Insane asylums in Bengal annual reports 1876-1887 - 1876-1887
Year: 1876
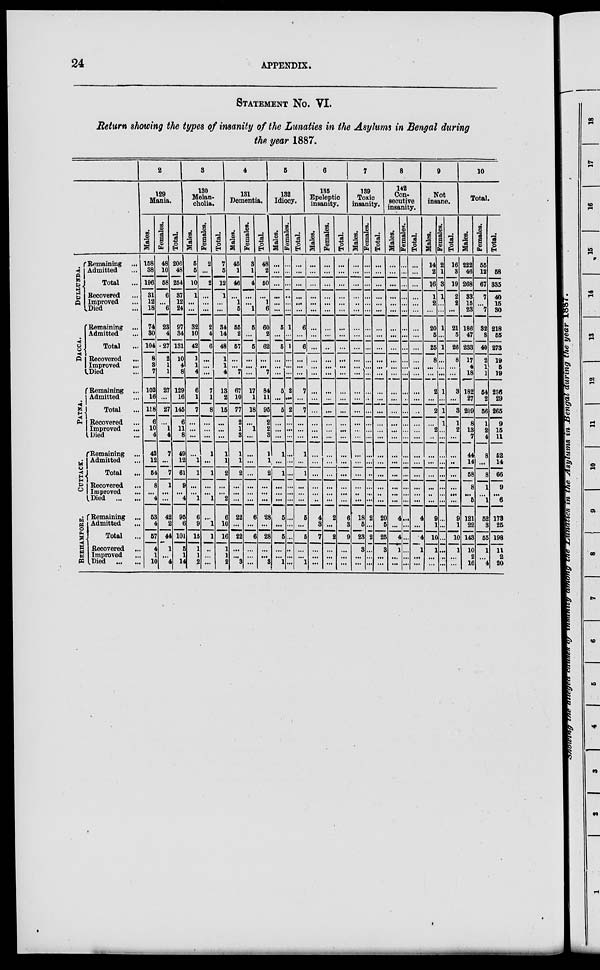
24
APPENDIX.
STATEMENT No. VI.
Return showing the types of insanity of the Lunatics in the Asylums in Bengal during
the year 1887.
DULLUNDA.
DACCA.
PATNA.
CUTTACK.
BERHAMPORE.
Remaining
...
Admitted ...
Total ...
Recovered ...
Improved ...
Died ...
Remaining
...
Admitted ...
Total ...
Recovered ...
Improved ...
Died ...
Remaining
...
Admitted ...
Total ...
Recovered ...
Improved ...
Died ...
Remaining ...
Admitted ...
Total
...
Recovered ...
Improved ...
Died
...
...
Remaining
...
Admitted ...
Total ...
Recovered ...
Improved ...
Died
...
...
2
129
Mania.
Males.
158
38
196
31
12
18
74
30
104
8
3
7
102
16
118
6
10
4
42
12
54
8
...
4
53
4
57
4
1
10
Females.
48
10
58
6
...
6
23
4
27
2
1
1
27
...
27
...
1
4
7
...
7
1
...
...
42
2
44
1
...
4
Total.
206
48
254
37
12
24
97
34
131
10
4
8
129
16
145
6
11
8
49
12
61
9
...
4
95
6
101
5
1
14
3
130
Melan-
cholia.
Males.
5
5
10
1
...
...
32
10
42
1
1
4
6
1
7
...
...
...
...
1
1
...
...
1
6
9
15
1
1
2
Females.
2
...
2
...
...
...
2
4
6
...
...
...
7
1
8
...
...
...
1
...
1
...
...
1
...
1
1
...
...
...
Total.
7
5
12
1
...
...
34
14
48
1
1
4
13
2
15
...
...
...
1
1
2
...
...
2
6
10
16
1
1
2
4
131
Dementia.
Males.
45
1
46
...
1
5
55
2
57
...
...
7
67
10
77
2
1
3
1
1
2
...
...
...
22
...
22
...
...
3
Females.
3
1
4
...
...
1
5
...
5
...
...
...
17
1
18
...
1
...
...
...
...
...
...
...
6
...
6
...
...
...
Total.
48 2
50
...
1
6
60
2
62
...
...
7
84
11
95
2
2
3
1
1
2
...
...
...
28
...
28
...
...
3
5
132
Idiocy.
Males.
...
...
...
...
...
...
5
...
5
...
...
...
5
...
5
...
...
...
1
...
1
...
...
...
5
...
5
...
...
1
Females.
...
...
...
...
...
...
1
...
1
...
...
...
2
...
2
...
...
...
...
...
...
...
...
...
...
...
...
...
...
...
Total.
...
...
...
...
...
...
6
...
6
...
...
...
7
...
7
...
...
...
1
...
...
...
...
...
5
...
5
...
...
1
6
135
Epeleptic
insanity.
Males.
...
...
...
...
...
...
...
...
...
...
...
...
...
...
...
...
...
...
...
...
...
...
...
...
4
3
7
...
...
...
Females.
...
...
...
...
...
...
...
...
...
...
...
...
...
...
...
...
...
...
...
...
...
...
...
...
2
...
2
...
...
...
Total.
...
...
...
...
...
...
...
...
...
...
...
...
...
...
...
...
...
...
...
...
...
...
...
...
6
3
9
...
...
...
7
139
Toxic
insanity.
Males.
...
...
...
...
...
...
...
...
...
...
...
...
...
...
...
...
...
...
...
...
...
...
...
...
18
5
23
3
...
...
Females.
...
...
...
...
...
...
...
...
...
...
...
...
...
...
...
...
...
...
...
...
...
...
...
...
2
...
2
...
...
...
Total.
...
...
...
...
...
...
...
...
...
...
...
...
...
...
...
...
...
...
...
...
...
...
...
...
20
...
25
3
...
...
8
142
Con-
secutive
insanity.
Males.
...
...
...
...
...
...
...
...
...
...
...
...
...
...
...
...
...
...
...
...
...
...
...
...
4
...
4
1
...
...
Females.
...
...
...
...
...
...
...
...
...
...
...
...
...
...
...
...
...
...
...
...
...
...
...
...
...
...
...
...
...
...
Total.
...
...
...
...
...
...
...
...
...
...
...
...
...
...
...
...
...
...
...
...
...
...
...
...
4
...
4
1
...
...
9
Not
insane.
Males.
14
2
16
1
2
...
20
5
25
8
...
...
2
...
2
...
2
...
...
...
...
...
...
...
9
1
10
1
...
...
Females.
2
1
3
1
...
...
1
...
1
...
...
...
1
...
1
1
...
...
...
...
...
...
...
...
...
...
...
...
...
...
Total.
16
3
19
2
2
...
21
5
26
8
...
...
3
...
3
1
2
...
...
...
...
...
...
...
9
1
10
1
...
...
10
Total.
Males.
222
46
268
33
15
23
186
47
233
17
4
18
182
27
209
8
13
7
44
14
58
8
...
5
121
22
143
10
2
16
Females.
55
12
67
7
...
7
32
8
40
2
1
1
54
2
56
1
2
4
8
...
8
1
...
1
52
3
55
1
...
4
Total.
58
335
40
15
30
218
55
273
19
5
19
236
29
265
9
15
11
52
14
66
9
...
6
173
25
198
11
2
20